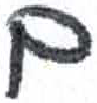
אות: ם